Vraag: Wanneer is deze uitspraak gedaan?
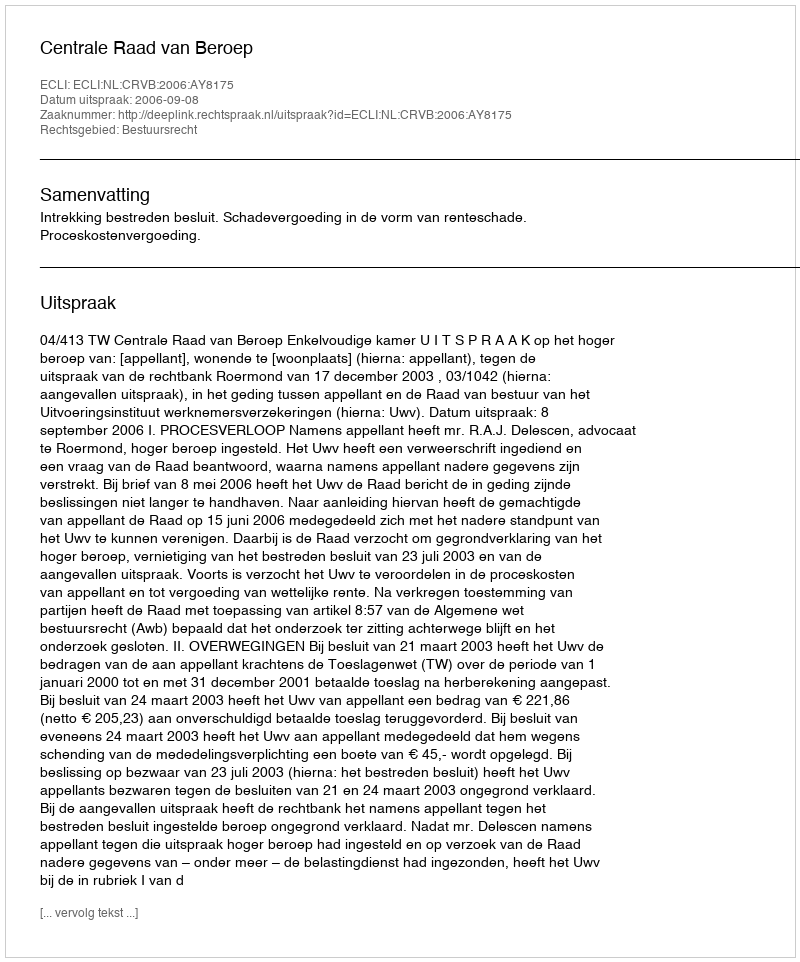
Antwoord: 2006-09-08